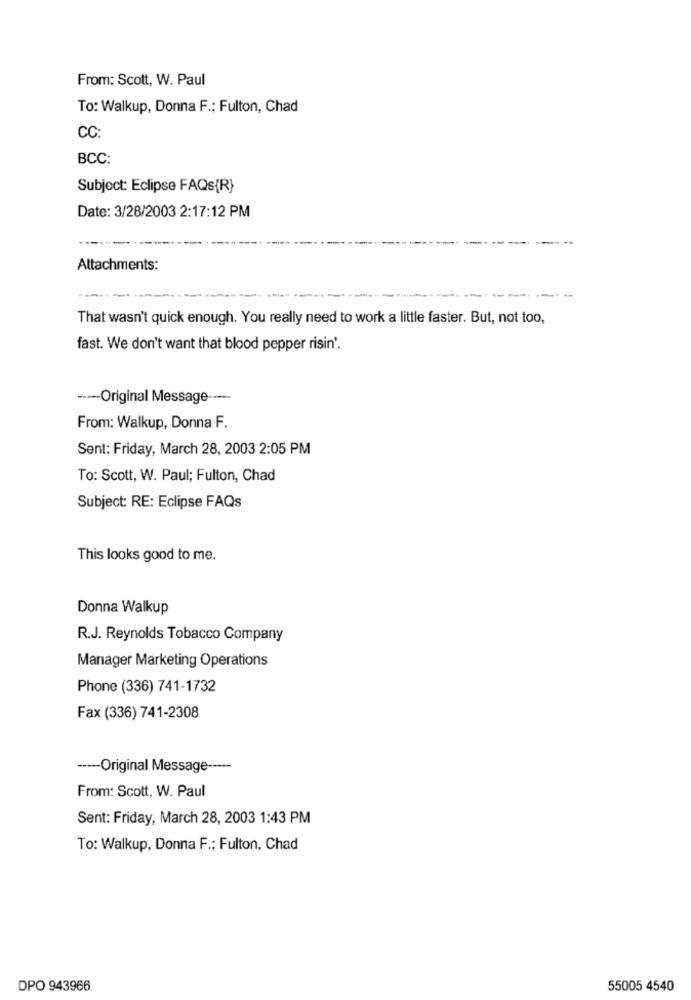
From: Scott, W. Paul
To: Walkup, Donna F .: Fulton, Chad
CC:
BCC:
Subject: Eclipse FAQs{R}
Date: 3/28/2003 2:17:12 PM
------. .
Attachments:
-
That wasn't quick enough. You really need to work a little faster. But, not too,
fast. We don't want that blood pepper risin'.
--- Original Message -----
From: Walkup, Donna F.
Sent: Friday, March 28, 2003 2:05 PM
To: Scott, W. Paul; Fulton, Chad
Subject: RE: Eclipse FAQs
This looks good to me.
Donna Walkup
R.J. Reynolds Tobacco Company
Manager Marketing Operations
Phone (336) 741-1732
Fax (336) 741-2308
----- Original Message -----
From: Scott, W. Paul
Sent: Friday, March 28, 2003 1:43 PM
To: Walkup, Donna F .; Fulton, Chad
DPO 943966
55005 4540